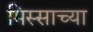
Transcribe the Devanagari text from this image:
मिस्साच्या